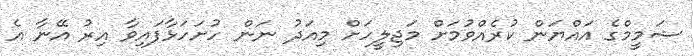
ޝަމީމްގެ އައްޔަން ކުރެއްވުމަށް މަޖިލީހަށް މިއަދު ނަން ހުށަހަޅާފައިވާ އިރު އޭނާ އެ